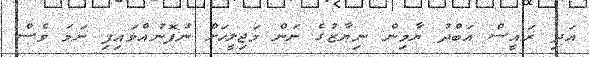
އަދި ރައީސް އަބްދު ޔާމިން ނިޔާޒުގެ ނަން މަޖިލީހަށް ނުފޮނުއްވައިފި ނަމަ ވެސް